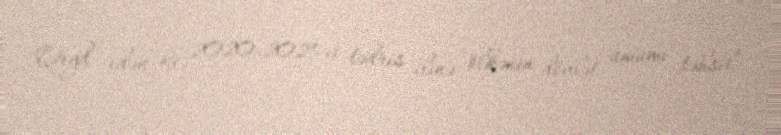
Qeyd edək ki, 2020-2021-ci tədris ilinə ölkənin dövlət ümumi təhsil